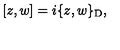
[ z , w ] = i \{ z , w \} _ { \mathrm { D } } ,